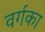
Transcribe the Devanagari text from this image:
वर्गका